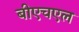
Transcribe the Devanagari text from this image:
बीएचएल